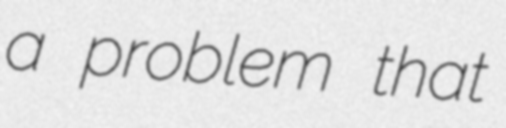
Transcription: a problem that